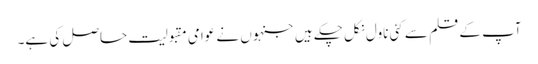
آپ کے قلم سے کئی ناول نکل چکے ہیں جنہوں نے عوامی مقبولیت حاصل کی ہے۔